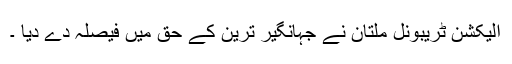
الیکشن ٹریبونل ملتان نے جہانگیر ترین کے حق میں فیصلہ دے دیا ۔